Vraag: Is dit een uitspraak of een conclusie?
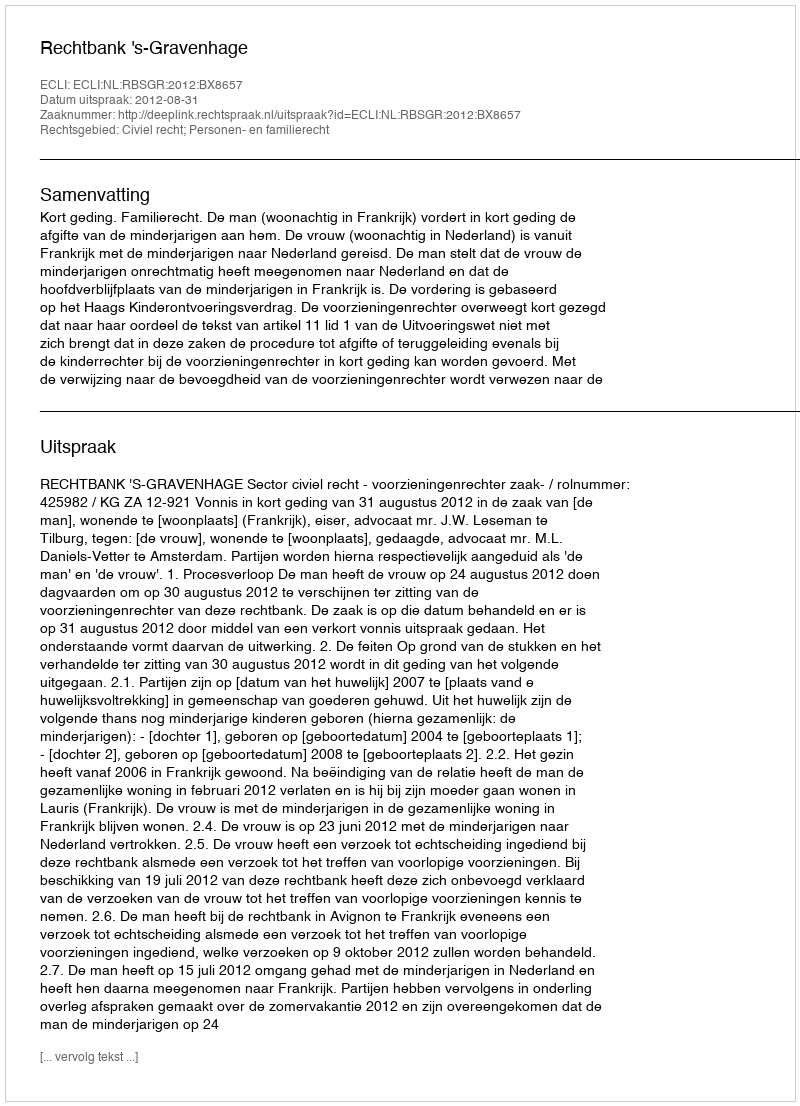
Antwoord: Uitspraak